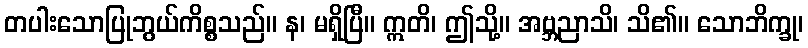
တပါးသောပြုဘွယ်ကိစ္စသည်။ န၊ မရှိပြီ။ ဣတိ၊ ဤသို့။ အဗ္ဘညာသိ၊ သိ၏။ သောဘိက္ခု၊